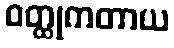
ဝတ္ထုကတာယ